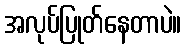
အလုပ်ပြုတ်နေတာပဲ။